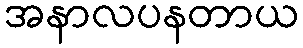
အနာလပနတာယ